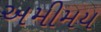
અમીમય